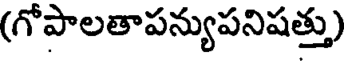
(గోపాలతాపన్యుపనిషత్తు)